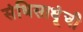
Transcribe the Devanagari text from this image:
संधिसाधूंची